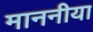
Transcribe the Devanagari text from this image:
माननीया